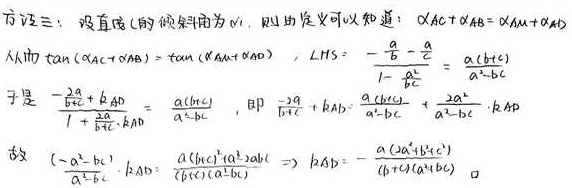
方法三：设直线 \(l\) 的倾斜角为 \(\alpha\)，则由定义可以知道：\(\alpha_{AC}+\alpha_{AB}=\alpha_{AM}+\alpha_{AD}\)。
从而 \(\tan(\alpha_{AC}+\alpha_{AB})=\tan(\alpha_{AM}+\alpha_{AD})\)，\(LHS = \frac{-\frac{a}{b}-\frac{a}{c}}{1 - \frac{a^{2}}{bc}}=\frac{a(b + c)}{a^{2}-bc}\)。
于是 \(\frac{-\frac{2a}{b}+k_{AD}}{1+\frac{2a}{bc}\cdot k_{AD}}=\frac{a(b + c)}{a^{2}-bc}\)，即 \(\frac{-2a}{b + c}+k_{AD}=\frac{a(b + c)}{a^{2}-bc}+\frac{2a^{2}}{a^{2}-bc}\cdot k_{AD}\)。
故 \((\frac{-a^{2}-bc}{a^{2}-bc}\cdot k_{AD})=\frac{a(b + c)a^{2}-2ab^{2}}{b(b + c)(a^{2}-bc)}\Rightarrow k_{AD}=-\frac{a(2a^{2}+b^{2}c^{2})}{(b + c)(a^{2}+bc)}\)。